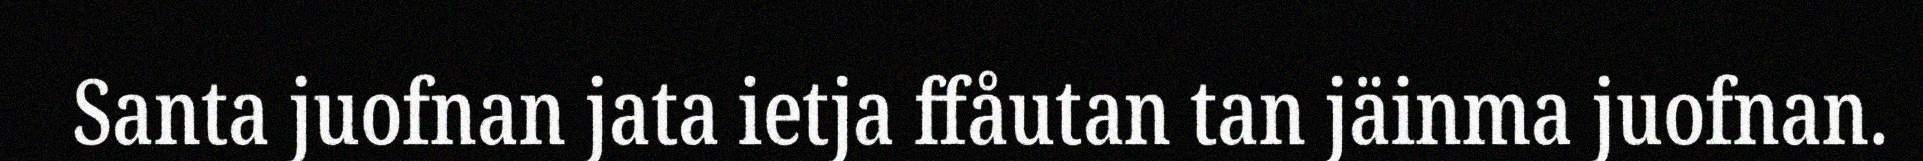
Santa juofnan jata ietja ffåutan tan jäinma juofnan.